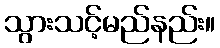
သွားသင့်မည်နည်း။